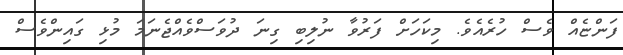
ފަންޏެއް ވެސް ހުރެއެވެ. މިކަހަށް ފަރުވާ ނުލިބި ގިނަ ދުވަސްވެއްޖެނަމަ މުޅި ގައިންވެސް